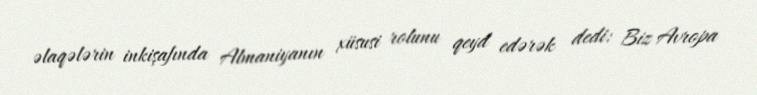
əlaqələrin inkişafında Almaniyanın xüsusi rolunu qeyd edərək dedi: Biz Avropa